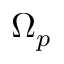
\Omega _ { p }